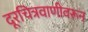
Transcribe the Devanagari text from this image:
दूरचित्रवाणीवरून